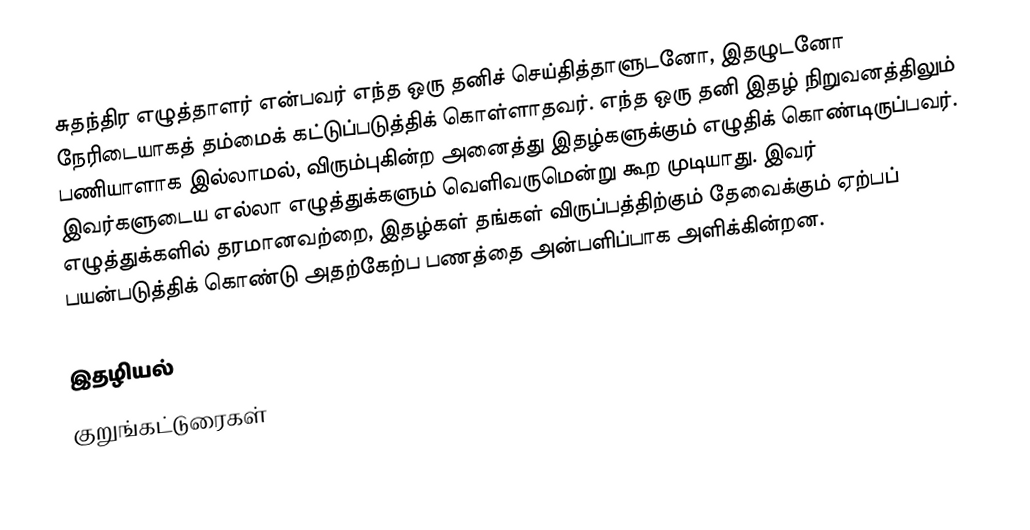
சுதந்திர எழுத்தாளர் என்பவர் எந்த ஒரு தனிச் செய்தித்தாளுடனோ, இதழுடனோ நேரிடையாகத் தம்மைக் கட்டுப்படுத்திக் கொள்ளாதவர். எந்த ஒரு தனி இதழ் நிறுவனத்திலும் பணியாளாக இல்லாமல், விரும்புகின்ற அனைத்து இதழ்களுக்கும் எழுதிக் கொண்டிருப்பவர். இவர்களுடைய எல்லா எழுத்துக்களும் வெளிவருமென்று கூற முடியாது. இவர் எழுத்துக்களில் தரமானவற்றை, இதழ்கள் தங்கள் விருப்பத்திற்கும் தேவைக்கும் ஏற்பப் பயன்படுத்திக் கொண்டு அதற்கேற்ப பணத்தை அன்பளிப்பாக அளிக்கின்றன.

 இதழியல்
 குறுங்கட்டுரைகள்